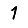
Digit: 1